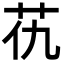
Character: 𦬖